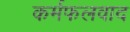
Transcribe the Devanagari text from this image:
कर्मफलवाद